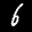
Label: 6